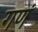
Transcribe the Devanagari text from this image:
गणं